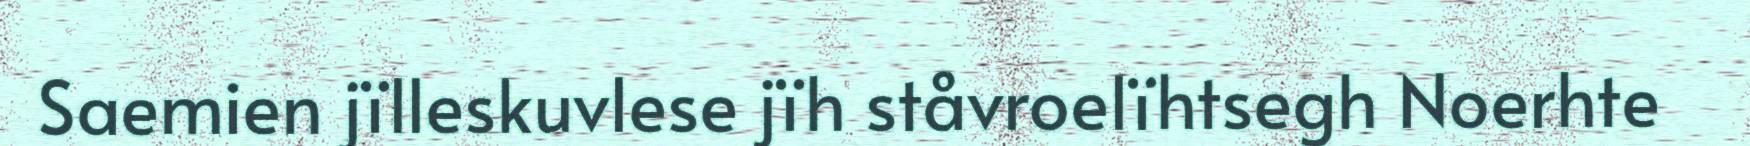
Saemien jïlleskuvlese jïh ståvroelïhtsegh Noerhte